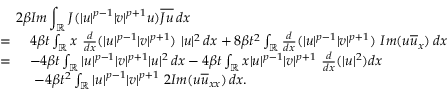
\begin{array} { r l } { \lefteqn { 2 \beta I m \int _ { \mathbb { R } } J ( | u | ^ { p - 1 } | v | ^ { p + 1 } u ) \overline { { J u } } \, d x } } \\ { = \ } & { 4 \beta t \int _ { \mathbb { R } } x \ \frac { d } { d x } ( | u | ^ { p - 1 } | v | ^ { p + 1 } ) \ | u | ^ { 2 } \, d x + 8 \beta t ^ { 2 } \int _ { \mathbb { R } } \frac { d } { d x } ( | u | ^ { p - 1 } | v | ^ { p + 1 } ) \ I m ( u \overline { { u } } _ { x } ) \, d x } \\ { = \ } & { - 4 \beta t \int _ { \mathbb { R } } | u | ^ { p - 1 } | v | ^ { p + 1 } | u | ^ { 2 } \, d x - 4 \beta t \int _ { \mathbb { R } } x | u | ^ { p - 1 } | v | ^ { p + 1 } \ \frac { d } { d x } ( | u | ^ { 2 } ) d x } \\ & { \ - 4 \beta t ^ { 2 } \int _ { \mathbb { R } } | u | ^ { p - 1 } | v | ^ { p + 1 } \ 2 I m ( u \overline { { u } } _ { x x } ) \, d x . } \end{array}